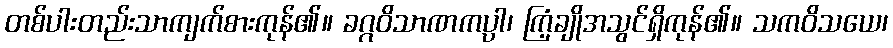
တစ်ပါးတည်းသာကျက်စားကုန်၏။ ခဂ္ဂဝိသာဏကပ္ပါ၊ ကြံ့ချိုအသွင်ရှိကုန်၏။ သကဝိသယေ၊